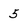
Character: 5